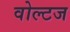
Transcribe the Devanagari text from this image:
वोल्टज